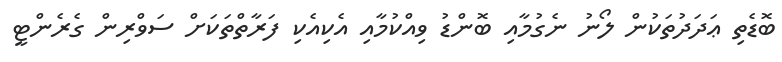
ބޮޑެތި ޢަދަދުތަކުން ލޯނު ނެގުމާއި ބޮންޑު ވިއްކުމާއި އެކިއެކި ފަރާތްތަކަށް ސަވްރިން ގެރެންޓީ